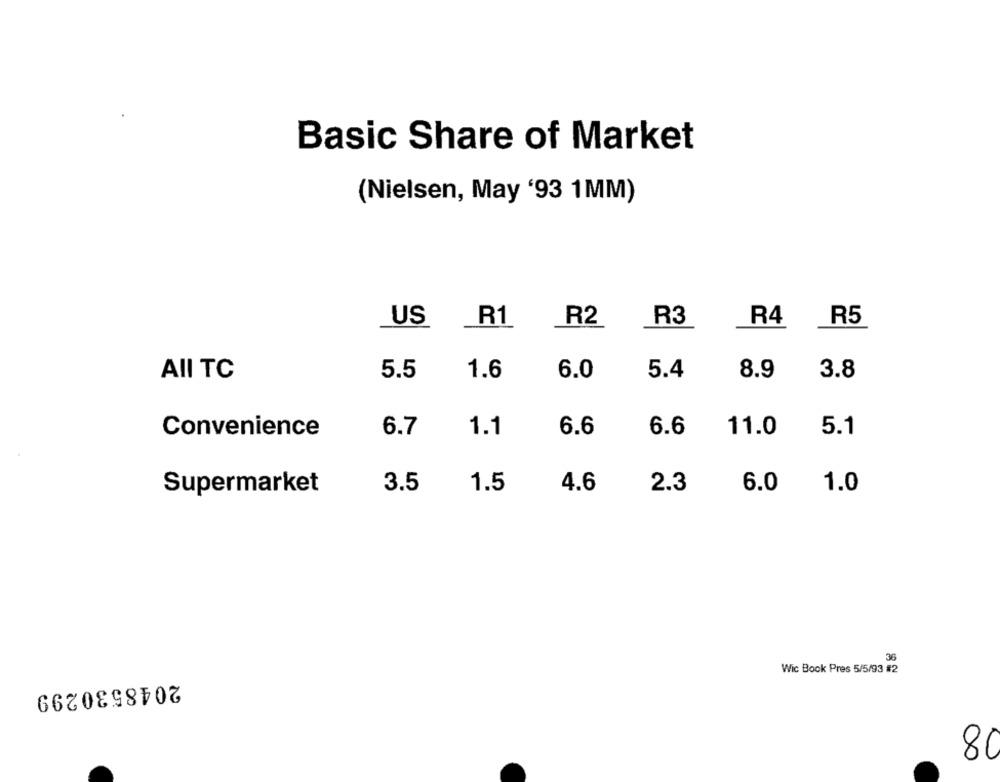
Basic Share of Market
(Nielsen, May '93 1MM)
R1
R2
R3
R4
R5
US
AII TC
5.5
1.6
6.0
5.4
8.9
3.8
6.7
1.1
6.6
11.0
5.1
Convenience
6.6
Supermarket
3.5
1.5
4.6
2.3
6.0
1.0
Wic Book Pres 5/5/93 #2
2048530299
80